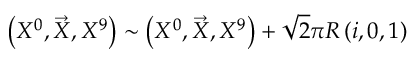
\left( X ^ { 0 } , \vec { X } , X ^ { 9 } \right) \sim \left( X ^ { 0 } , \vec { X } , X ^ { 9 } \right) + \sqrt { 2 } \pi R \left( i , 0 , 1 \right)